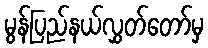
မွန်ပြည်နယ်လွှတ်တော်မှ